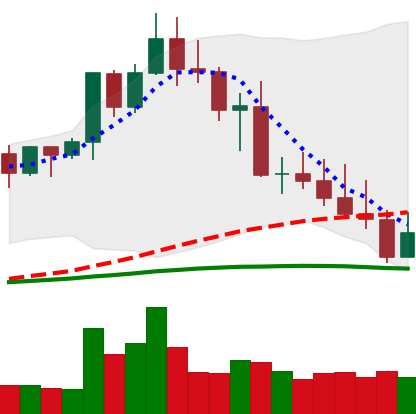
Ticker: XMR-USD
Chart end date: 2022-05-03
Forward return: 4.673%
Label: up_3_5